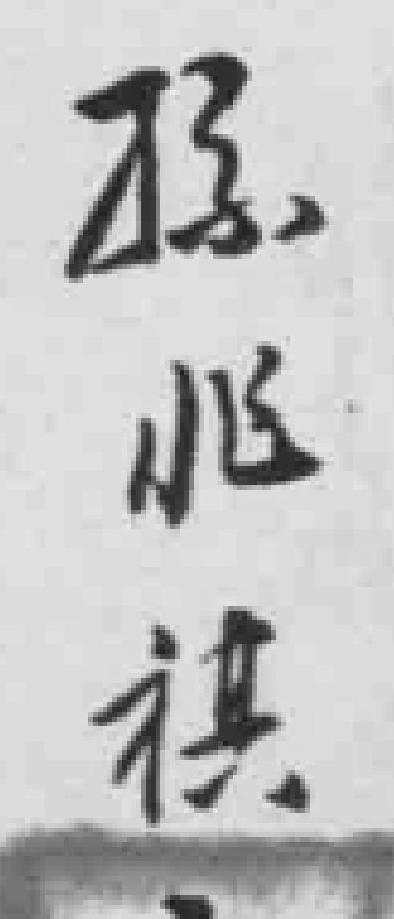
孫兆祺